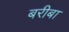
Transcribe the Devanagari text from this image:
बरीबा